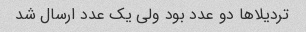
تردیلا‌ها دو عدد بود ولی یک عدد ارسال شد